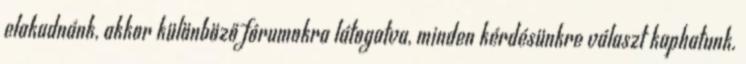
elakadnánk, akkor különböző fórumokra látogatva, minden kérdésünkre választ kaphatunk.